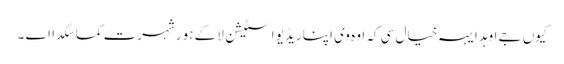
کیوں جے اوہد ایہہ خیال سی کہ اوہ وی اپنا ریڈیو اسٹیشن لا کے ہور شہرت کما سکدا اے ۔